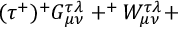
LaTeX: ( \tau ^ { + } ) ^ { + } G _ { \mu \nu } ^ { \tau \lambda } + ^ { + } W _ { \mu \nu } ^ { \tau \lambda } +